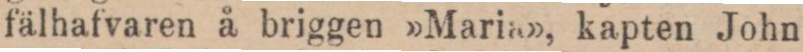
fälhafvaren å briggen »Maria», kapten John